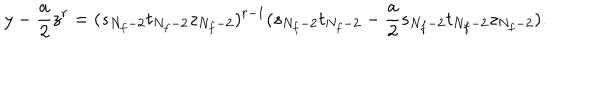
y - \frac { a } { 2 } z ^ { r } = ( s _ { N _ { f } - 2 } t _ { N _ { f } - 2 } z _ { N _ { f } - 2 } ) ^ { r - 1 } ( s _ { N _ { f } - 2 } t _ { N _ { f } - 2 } - \frac { a } { 2 } s _ { N _ { f } - 2 } t _ { N _ { f } - 2 } z _ { N _ { f } - 2 } ) .